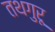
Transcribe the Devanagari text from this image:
तथगुरू